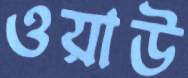
ওয়াউ